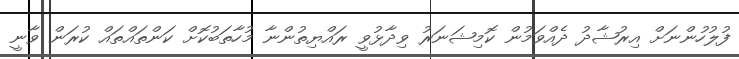
ފުލުހުންނަށް އިރުޝާދު ދެއްވަމުން ކޮމިޝަނަރު ވިދާޅުވީ ރައްޔިތުންނާ މުހާތަބުކޮށް ކަންތައްތައް ކުރަން ވާނީ